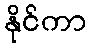
နိုင်ကာ